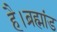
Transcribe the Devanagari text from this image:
है।ब्रह्मांड